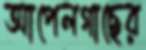
আপেলগাছের